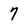
Character: 7